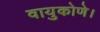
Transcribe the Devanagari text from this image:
वायुकोणे।